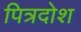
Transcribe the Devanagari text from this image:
पित्रदोश